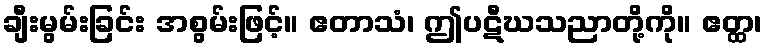
ချီးမွမ်းခြင်း အစွမ်းဖြင့်။ ဧတာသံ၊ ဤပဋီဃသညာတို့ကို။ ဧတ္ထ၊